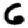
Digit: 6